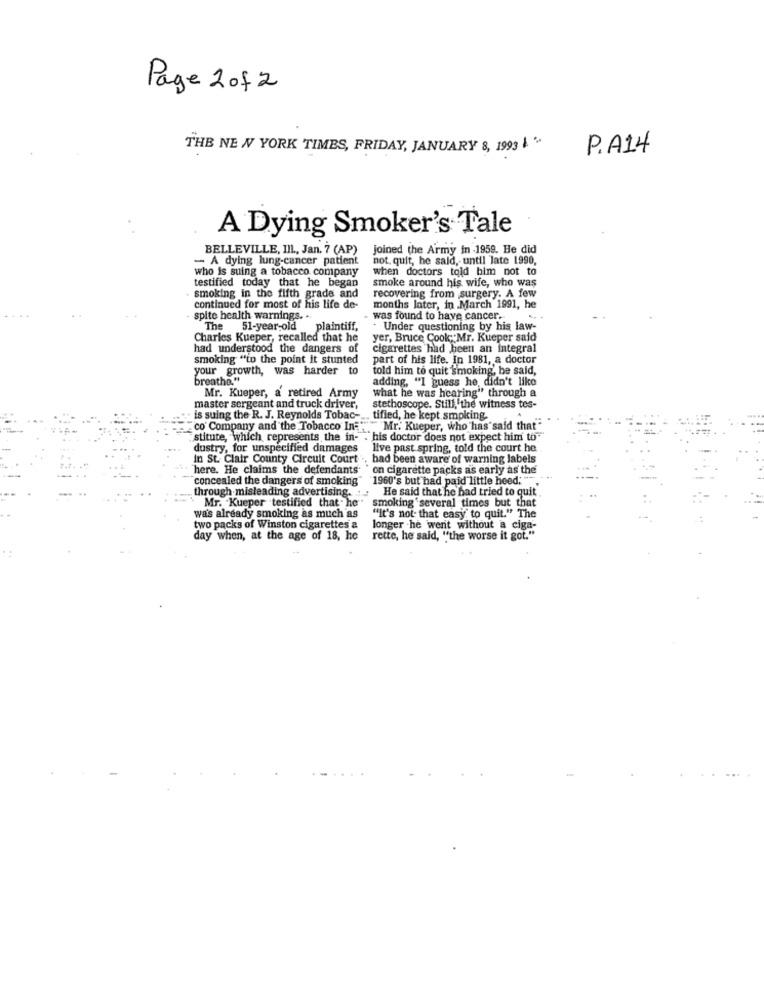
Page 2 of 2
THE NEW YORK TIMES, FRIDAY, JANUARY 8, 1993 & *
P.A14
A Dying Smoker's Tale
BELLEVILLE, III, Jan. 7 (AP)
joined the Army in 1959. He did
- A dying lung-cancer patient
not. quit, he said, until late 1990,
who is suing a tobacco company
when doctors told him not to
testified today that he began
smoke around his wife, who was
smoking in the fifth grade and
recovering from surgery. A few
continued for most of his life de-
months later, in March 1991, he
spite health warnings. .
was found to have cancer.
...
The 51-year-old plaintiff,
. Under questioning by his law-
Charles Kueper, recalled that he
yer, Bruce Cook, Mr. Kueper said
had understood the dangers of
cigarettes had been an integral
smoking "in the point it stunted
part of his life. In 1981, a doctor
your growth, was harder to
told him to quit smoking, he said,
breathe."
adding, "I guess he didn't like
Mr. Kueper, a retired Army
what he was hearing" through a
master sergeant and truck driver,
stethoscope. Still, the witness tes-
. is suing the R. J. Reynolds Tobac-
tified, he kept smoking.
"co' Company and the Tobacco In:"" "Mr. Kueper, who has said that"
"stitute, which represents the in- . his doctor does not expect him to
dustry, for unspecified damages
live past spring, told the court he
In St. Clair County Circuit Court -, had been aware of warning labels
here. He claims the defendants'
on cigarette packs as early as the
concealed the dangers of smoking"
1960's but had paid little heed.
through-misleading advertising. :
He said that he had tried to quit
Mr. "Kueper "testified that. he " smoking several times but that
was already smoking as much as
"it's not that easy to quit." The
two packs of Winston cigarettes &
longer .he werit without a ciga-
day when, at the age of 18, he
rette, he said, "the worse it got."